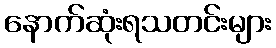
နောက်ဆုံးရသတင်းများ